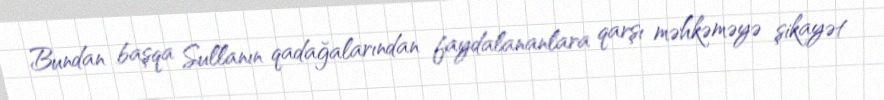
Bundan başqa Sullanın qadağalarından faydalananlara qarşı məhkəməyə şikayət